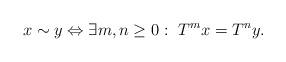
LaTeX: \begin{align*}x\sim y \Leftrightarrow \exists m,n\ge 0: \ T^mx=T^ny.\end{align*}